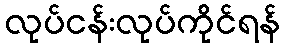
လုပ်ငန်းလုပ်ကိုင်ရန်